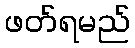
ဖတ်ရမည်